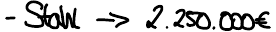
- Stahl -> 2.250.000€